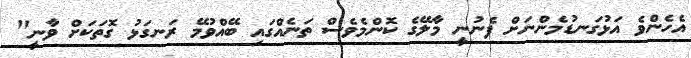
އެހެންވެ އަޅުގަނޑުމެންނަށް ފެނުނީ މާލޭގެ ކޮންމެވެސް ތަނެއްގައި ބޭއްވުމޭ ރަނގަޅު ގޮތަކަށް ވާނީ"